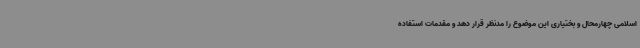
اسلامی چهارمحال و بختیاری این موضوع را مدنظر قرار دهد و مقدمات استفاده